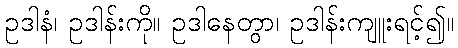
ဥဒါနံ၊ ဥဒါန်းကို။ ဥဒါနေတွာ၊ ဥဒါန်းကျူးရင့်၍။